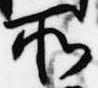
所